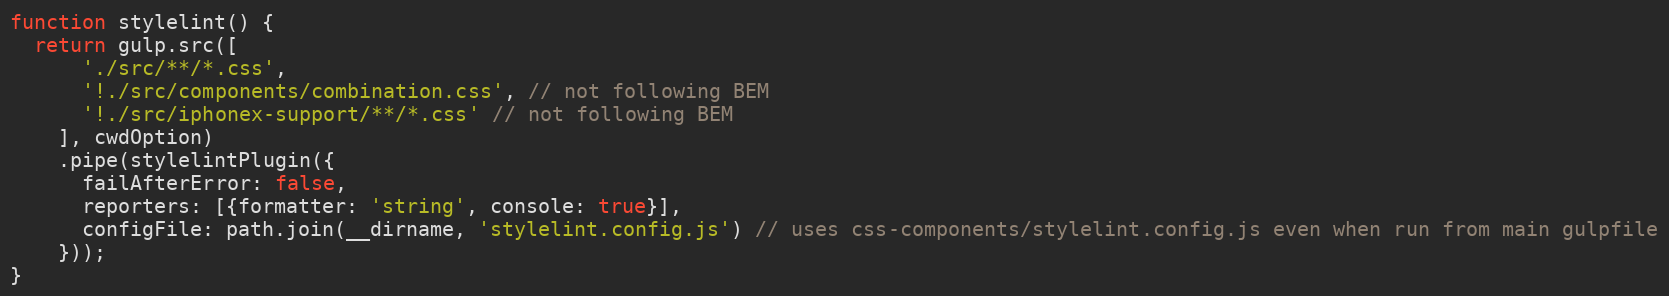
Language: JavaScript
function stylelint() {
  return gulp.src([
      './src/**/*.css',
      '!./src/components/combination.css', // not following BEM
      '!./src/iphonex-support/**/*.css' // not following BEM
    ], cwdOption)
    .pipe(stylelintPlugin({
      failAfterError: false,
      reporters: [{formatter: 'string', console: true}],
      configFile: path.join(__dirname, 'stylelint.config.js') // uses css-components/stylelint.config.js even when run from main gulpfile
    }));
}